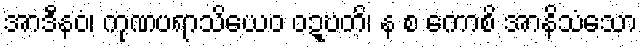
အာဒီနဝံ၊ ကုဏပရာသိယေဝ ဝဍ္ဎတိ၊ န စ ကောစိ အာနိသံသော